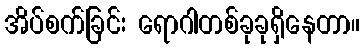
အိပ်စက်ခြင်း ရောဂါတစ်ခုခုရှိနေတာ။